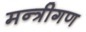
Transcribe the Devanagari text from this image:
मन्त्रीगण